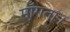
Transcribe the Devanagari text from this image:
माँगता।